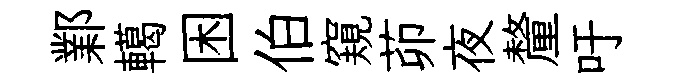
鄴轕困伯窺茆夜釐吁